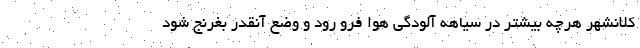
کلانشهر هرچه بیشتر در سیاهه آلودگی هوا فرو رود و وضع آنقدر بغرنج شود